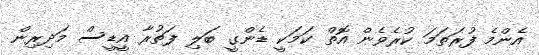
އެންމެ ފުރަތަމަ ކުރެވެން އޮތް ކަމަކީ ޑެންގީ ބަލި ފަތުރާ އީޑީސް މަދިރިން